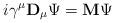
LaTeX: \begin{align*}i\gamma^\mu {\bf D}_\mu \Psi = {\bf M} \Psi\end{align*}